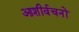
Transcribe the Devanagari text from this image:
आशीर्वचनों